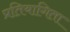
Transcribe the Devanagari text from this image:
प्रतियागिता